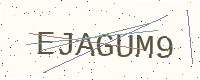
Text: EJAGUM9